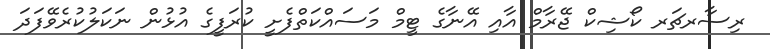
ރިސާރޗަރ ކޯޝިކް ޖޭރާމް އާއި އޭނާގެ ޓީމް މަސައްކަތްފެށީ ކުރަފީގެ އުޅުން ނަކަލުކުރެވޭފަދަ